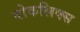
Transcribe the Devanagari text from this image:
वोकलिक्स